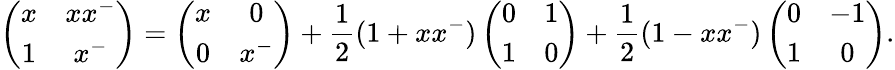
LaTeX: \left(\begin{array}{cc}{x}&{xx^{-}}\\ {1}&{x^{-}}\end{array}\right)=\left(\begin{array}{cc}{x}&{0}\\ {0}&{x^{-}}\end{array}\right)+\frac{1}{2}(1+xx^{-})\left(\begin{array}{cc}{0}&{1}\\ {1}&{0}\end{array}\right)+\frac{1}{2}(1-xx^{-})\left(\begin{array}{cc}{0}&{-1}\\ {1}&{0}\end{array}\right).